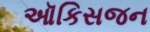
ઑકિસજન